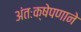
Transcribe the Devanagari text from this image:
अंतःक्षेपणाने